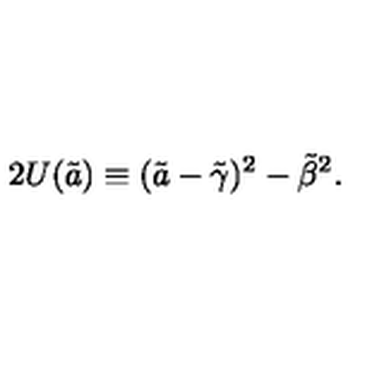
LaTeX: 2 U ( \tilde { a } ) \equiv ( \tilde { a } - { \tilde { \gamma } } ) ^ { 2 } - { \tilde { \beta } } ^ { 2 } .